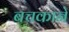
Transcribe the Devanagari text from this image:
बचकाने